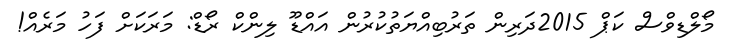
މޯލްޑިވްސް ކަޕް 2015ދަރިން ތަރުބިއްޔަތުކުރުން އައްޑޫ ލިންކް ރޯޑް: މަރަކަށް ފަހު މަރެއް!